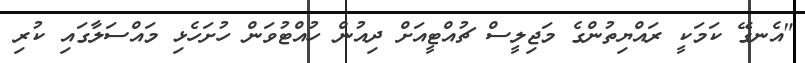
"އެނގޭ ކަމަކީ ރައްޔިތުންގެ މަޖިލީސް ޗުއްޓީއަށް ދިއުން ހުއްޓުވަން ހުށަހެޅި މައްސަލާގައި ކުރި